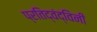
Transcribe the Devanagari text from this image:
प्रतिद्वंद्विनी